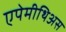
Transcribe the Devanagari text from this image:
एपेमीथिअस